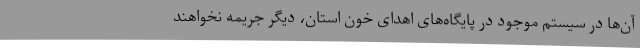
آن‌ها در سیستم موجود در پایگاه‌های اهدای خون استان، دیگر جریمه نخواهند